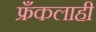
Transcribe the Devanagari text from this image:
फ्रँकलाही